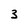
Character: 3